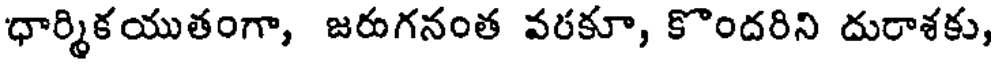
ధార్మికయుతంగా, జరుగనంత వరకూ, కొందరిని దురాశకు,